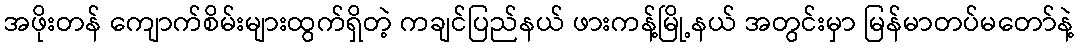
အဖိုးတန် ကျောက်စိမ်းများထွက်ရှိတဲ့ ကချင်ပြည်နယ် ဖားကန့်မြို့နယ် အတွင်းမှာ မြန်မာတပ်မတော်နဲ့